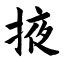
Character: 掖